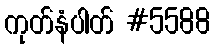
ကုတ်နံပါတ် #5588